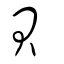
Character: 貝